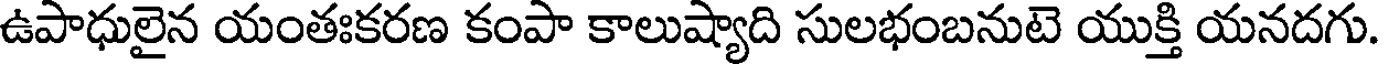
ఉపాధులైన యంతఃకరణ కంపా కాలుష్యాది సులభంబనుటె యుక్తి యనదగు.